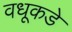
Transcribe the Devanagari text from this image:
वधूकडे